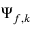
\Psi _ { f , k }